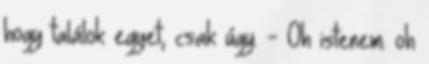
hogy találok egyet, csak úgy. - Oh istenem. oh